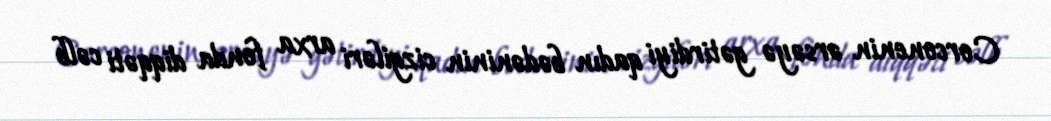
Corconenin ərsəyə gətirdiyi qadın bədəninin cizgiləri arxa fonda diqqəti cəlb